Riigikantselei, lk 155
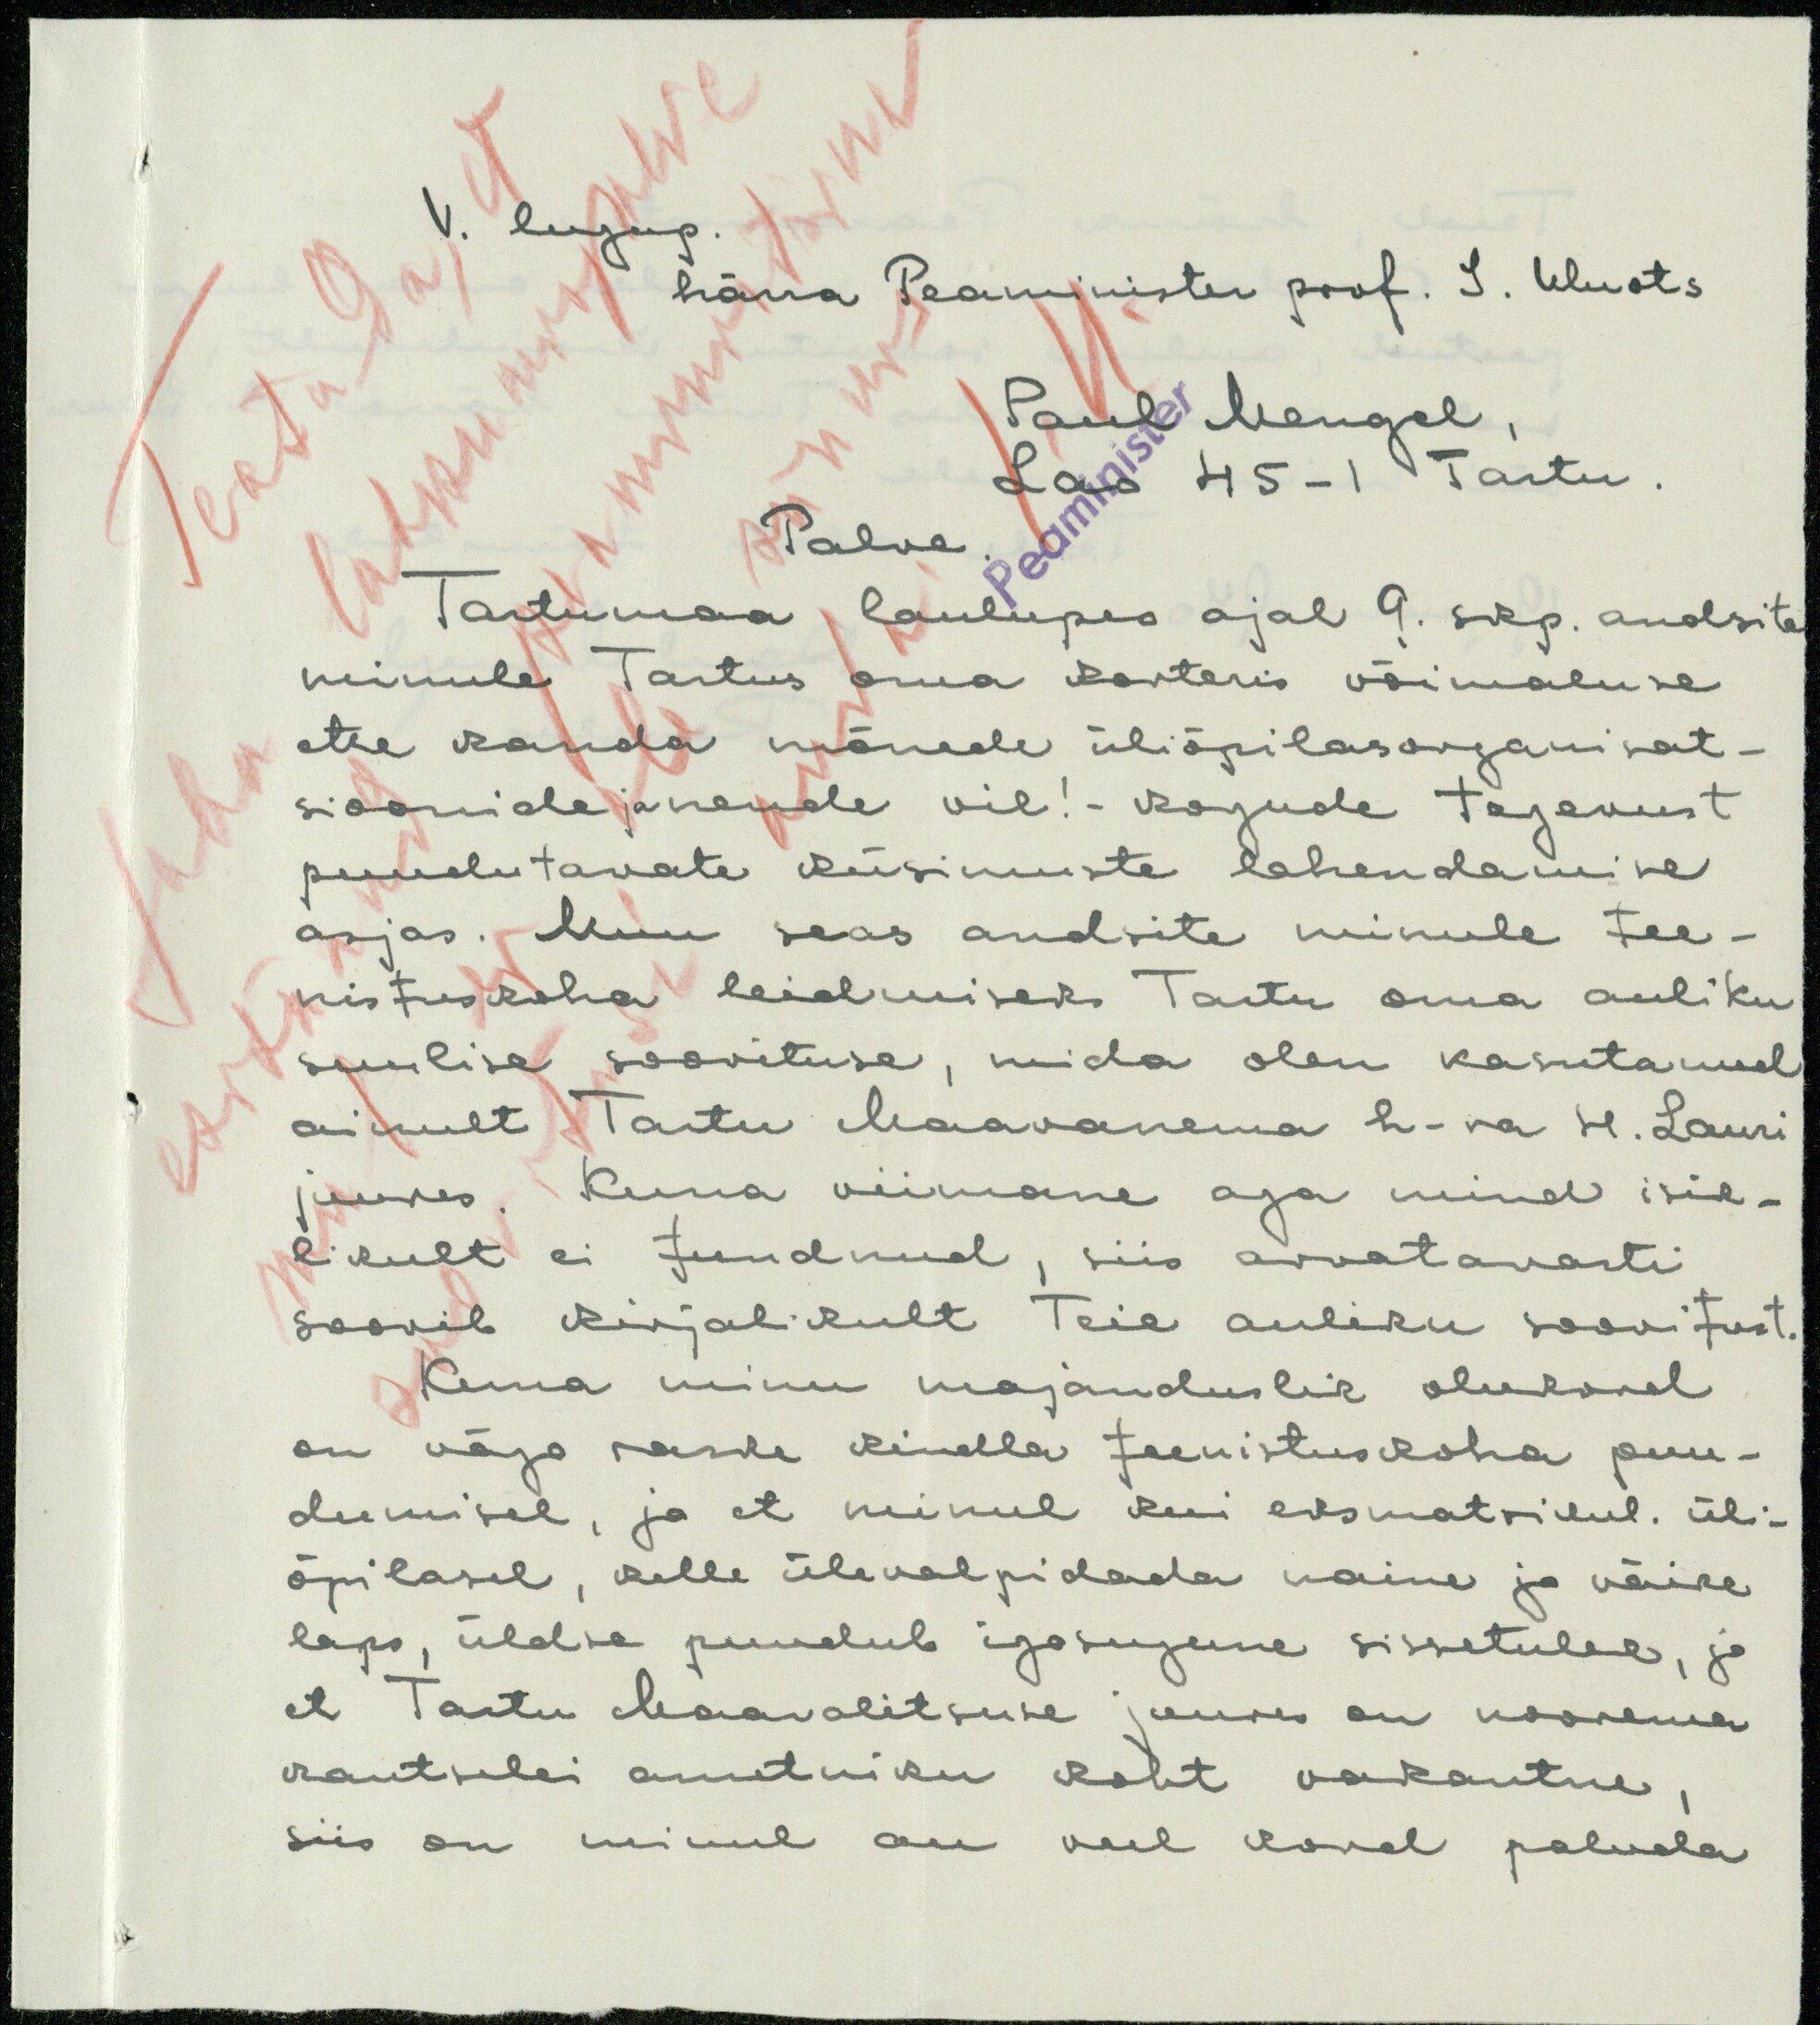
V. lugup.
härra Peaminister prof. J. Uluots
Paul Mangel,
Lao 45-1 Tartu.
Palve.
Tartumaa laulupeo ajal 9. sep. andsite
minule Tartus oma korteris võimaluse
ette kanda mõnede üliõpilasorganikat-
sioonide ja nende vil! - kogude tegevust
puudutavate küsimuste lahendamise
asjas. Muu seas andsite minule tee-
nistuskoha leidmiseks Tartu oma auliku
suulise soovituse, mida olen kasutanud
ainult Tartu Maavanema h-ra H. Lauri
juures. Kuna viimane aga mind isik-
likult ei tundnud, siis arvatavasti
soovib kirjalikult Teie auliku soovitust.
Kuna minu majanduslik olukord
on väga raske kindla teenistuskoha puu-
dumisel, ja et minul kui eksmatrikul. üli-
õpilasel, kelle ülevalpidada naine ja väike
laps, üldse puudub igasugune sissetulek, ja
et Tartu Maavalitsuse juures on noorema
kantselei ametniku koht vakantne,
siis on minul on veel kord paluda